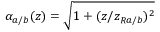
\alpha _ { a / b } ( z ) = \sqrt { 1 + ( z / z _ { R a / b } ) ^ { 2 } }